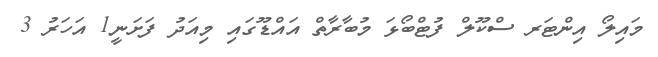
މައިލޯ އިންޓަރ ސްކޫލް ފުޓްބޯޅަ މުބާރާތް އައްޑޫގައި މިއަދު ފަށަނީ1 އަހަރު 3